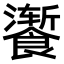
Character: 𫗚